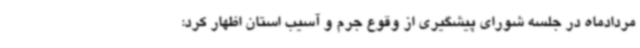
مردادماه در جلسه شورای پیشگیری از وقوع جرم و آسیب استان اظهار کرد: